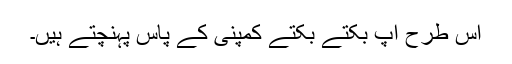
اس طرح آپ بکتے بکتے کمپنی کے پاس پہنچتے ہیں۔